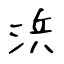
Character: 浜